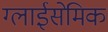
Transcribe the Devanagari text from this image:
ग्लाईसेमिक